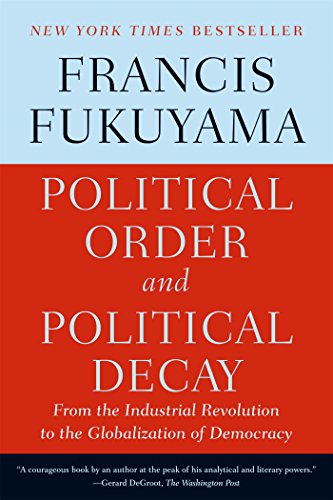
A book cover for Political Order and Political Decay: From the Industrial Revolution to the Globalization of Democracy; Francis Fukuyama; Law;